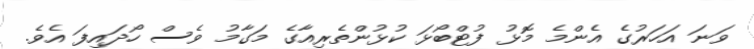
ވަނަ އަހަރުގެ އެންމެ މޮޅު ފުޓްބޯޅަ ކުޅުންތެރިއާގެ މަގާމު ވެސް ހޯދައިފަ އެވެ.